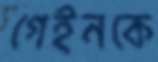
গেইনকে